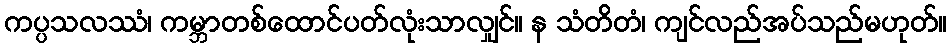
ကပ္ပသလဿံ၊ ကမ္ဘာတစ်ထောင်ပတ်လုံးသာလျှင်။ န သံတိတံ၊ ကျင်လည်အပ်သည်မဟုတ်။